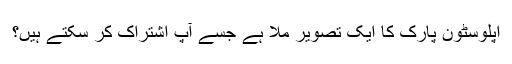
اپلوسٹون پارک کا ایک تصویر ملا ہے جسے آپ اشتراک کر سکتے ہیں؟